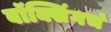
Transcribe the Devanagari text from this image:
बॉक्सिंगचं